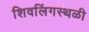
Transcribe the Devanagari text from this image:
शिवलिंगस्थळी